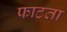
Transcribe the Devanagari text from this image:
फाटता